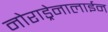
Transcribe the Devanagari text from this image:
नोराड्रेनालाईन